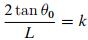
\[
\frac{2\tan\theta_0}{L}=k
\]